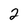
Character: 2